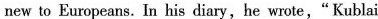
new to Europeans. In his diary,he wrote," Kublai